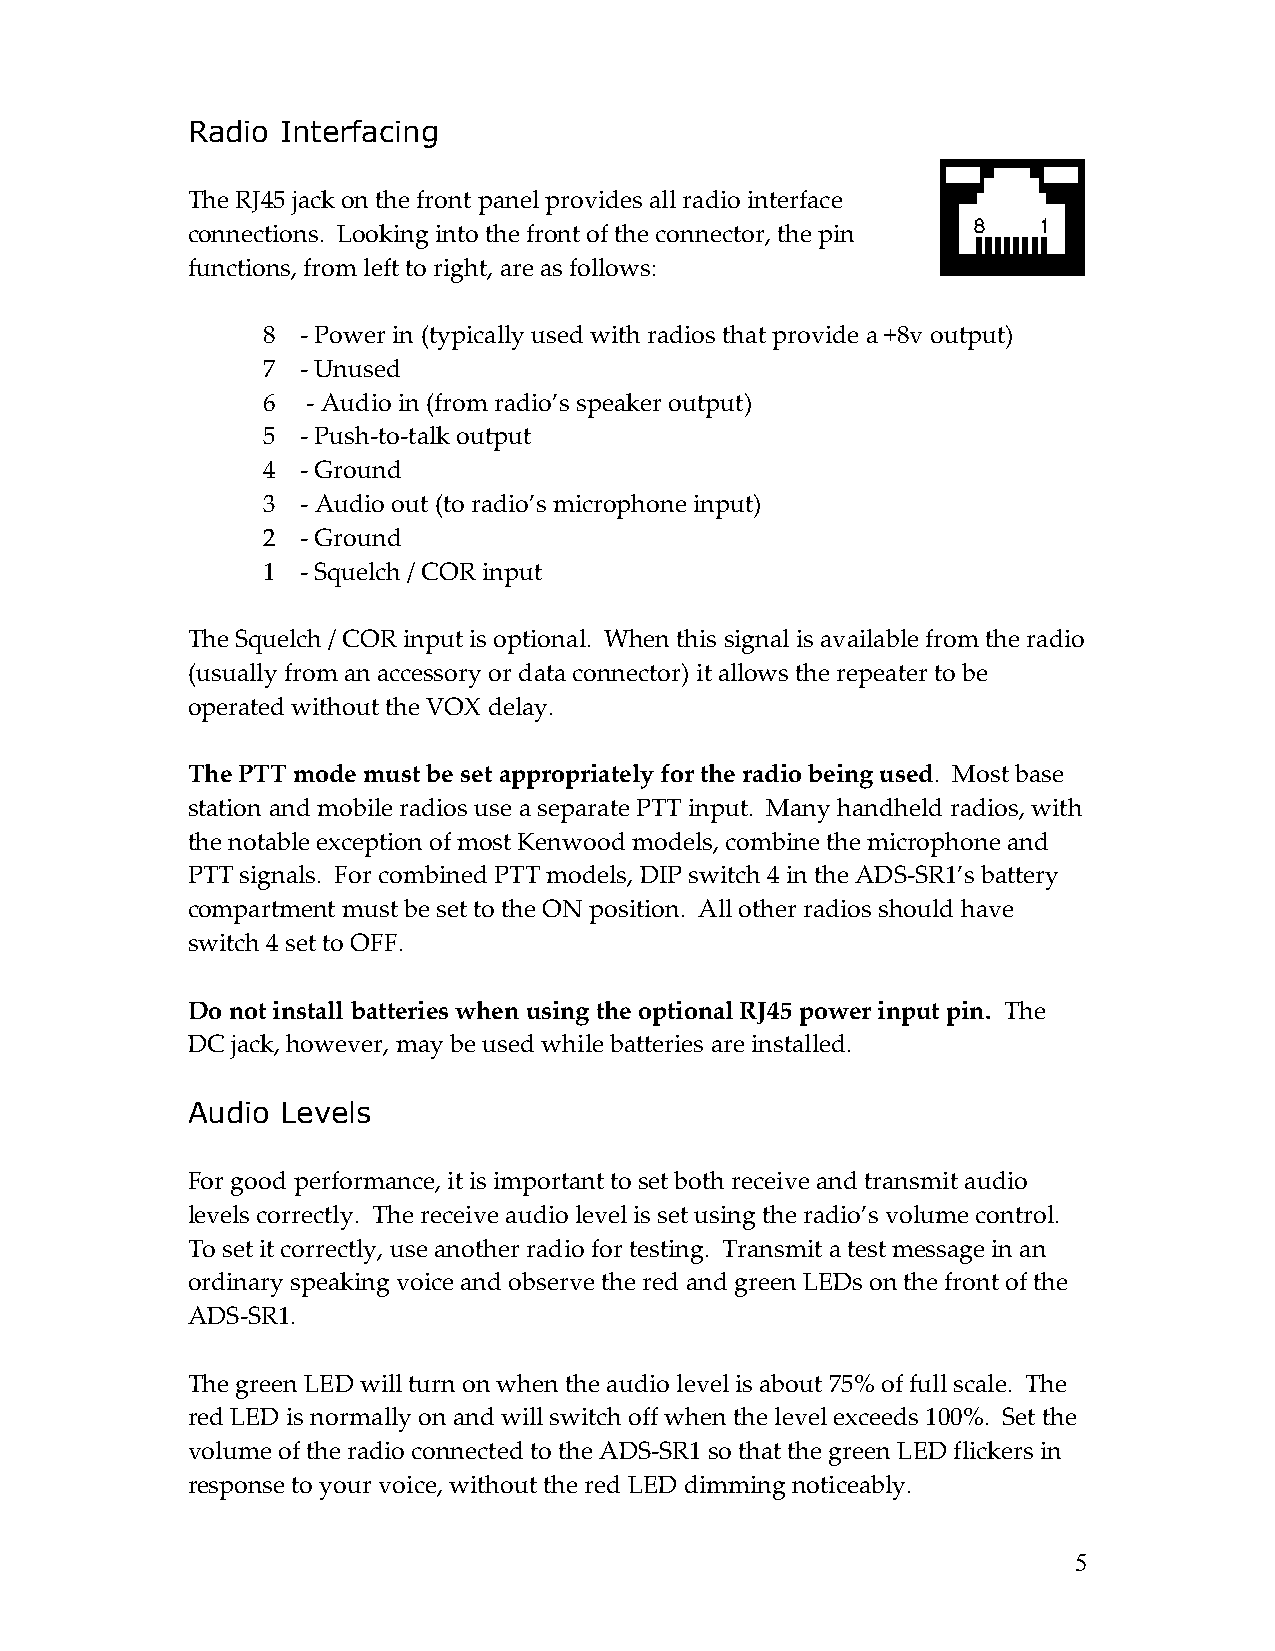
Radio  Interfacing
 The RJ45 jack on the front panel provides all radio interface
 connections. Looking into the front of the connector, the pin
 functions, from left to right, are as follows:
 8  - Power in (typically used with radios that provide a +8v output)
 7  - Unused
 6  - Audio in (from radio’s speaker output)
 5  - Push-to-talk output
 4  - Ground
 3  - Audio out (to radio’s microphone input)
 2  - Ground
 1  - Squelch / COR input
 The Squelch / COR input is optional. When this signal is available from the radio
 (usually from an accessory or data connector) it allows the repeater to be
 operated without the VOX delay.
 The PTT mode must be set appropriately for the radio being used. Most base
 station and mobile radios use a separate PTT input. Many handheld radios, with
 the notable exception of most Kenwood models, combine the microphone and
 PTT signals. For combined PTT models, DIP switch 4 in the ADS-SR1’s battery
 compartment must be set to the ON position. All other radios should have
 switch 4 set to OFF.
 Do not install batteries when using the optional RJ45 power input pin. The
 DC jack, however, may be used while batteries are installed.
 Audio  Levels
 For good performance, it is important to set both receive and transmit audio
 levels correctly. The receive audio level is set using the radio’s volume control.
 To set it correctly, use another radio for testing. Transmit a test message in an
 ordinary speaking voice and observe the red and green LEDs on the front of the
 ADS-SR1.
 The green LED will turn on when the audio level is about 75% of full scale. The
 red LED is normally on and will switch off when the level exceeds 100%. Set the
 volume of the radio connected to the ADS-SR1 so that the green LED flickers in
 response to your voice, without the red LED dimming noticeably.
 5